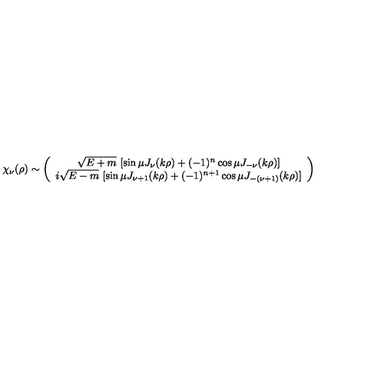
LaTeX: \chi _ { \nu } ( \rho ) \sim \left( \begin{array} { c } { \sqrt { E + m } \ [ \sin \mu J _ { \nu } ( k \rho ) + ( - 1 ) ^ { n } \cos \mu J _ { - \nu } ( k \rho ) ] } \\ { i \sqrt { E - m } \ [ \sin \mu J _ { \nu + 1 } ( k \rho ) + ( - 1 ) ^ { n + 1 } \cos \mu J _ { - ( \nu + 1 ) } ( k \rho ) ] } \\ \end{array} \right)